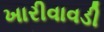
ખારીવાવડી